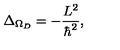
\Delta _ { \Omega _ { { D } } } = - \frac { L ^ { 2 } } { \hbar ^ { 2 } } ,